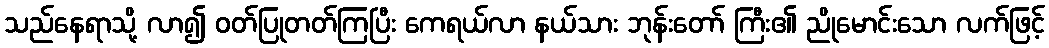
သည်နေရာသို့ လာ၍ ဝတ်ပြုတတ်ကြပြီး ကေရယ်လာ နယ်သား ဘုန်းတော် ကြီး၏ ညိုမောင်းသော လက်ဖြင့်